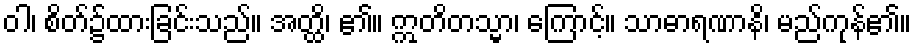
ဝါ၊ စိတ်၌ထားခြင်းသည်။ အတ္ထိ၊ ၏။ ဣတိတသ္မာ၊ ကြောင့်။ သာဓာရဏာနိ၊ မည်ကုန်၏။